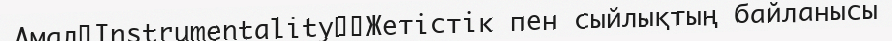
Амал（Instrumentality）：Жетістік пен сыйлықтың байланысы